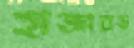
হাজারড